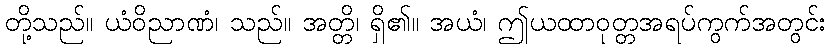
တို့သည်။ ယံဝိညာဏံ၊ သည်။ အတ္တိ၊ ရှိ၏။ အယံ၊ ဤယထာဝုတ္တအရပ်ကွက်အတွင်း